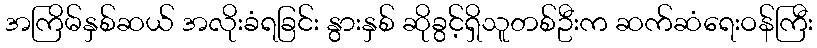
အကြိမ်နှစ်ဆယ် အလိုးခံရခြင်း နွားနှစ် ဆိုခွင့်ရှိသူတစ်ဦးက ဆက်ဆံရေးဝန်ကြီး